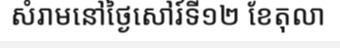
សំរាមនៅថ្ងៃសៅរ៍ទី១២ ខែតុលា